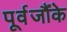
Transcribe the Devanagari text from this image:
पूर्वजौंके